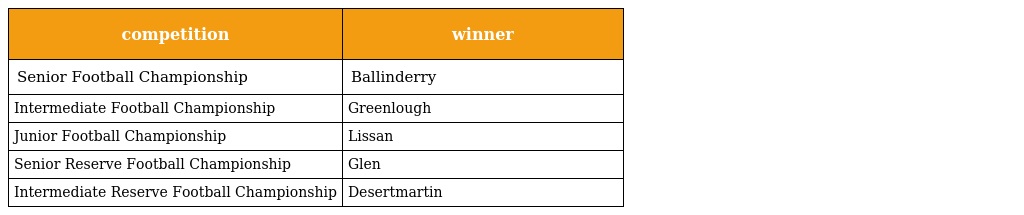
| competition | winner |
 | --- | --- |
 | Senior Football Championship | Ballinderry |
 | Intermediate Football Championship | Greenlough |
 | Junior Football Championship | Lissan |
 | Senior Reserve Football Championship | Glen |
 | Intermediate Reserve Football Championship | Desertmartin |